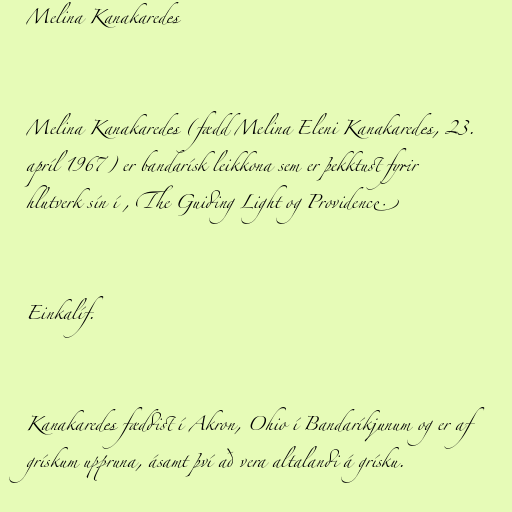
Melina Kanakaredes

Melina Kanakaredes (fædd Melina Eleni Kanakaredes, 23.
apríl 1967) er bandarísk leikkona sem er þekktust fyrir
hlutverk sín í , The Guiding Light og Providence.

Einkalíf.

Kanakaredes fæddist í Akron, Ohio í Bandaríkjunum og er af
grískum uppruna, ásamt því að vera altalandi á grísku.